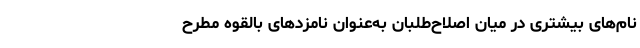
نام‌های بیشتری در میان اصلاح‌طلبان به‌عنوان نامزدهای بالقوه مطرح